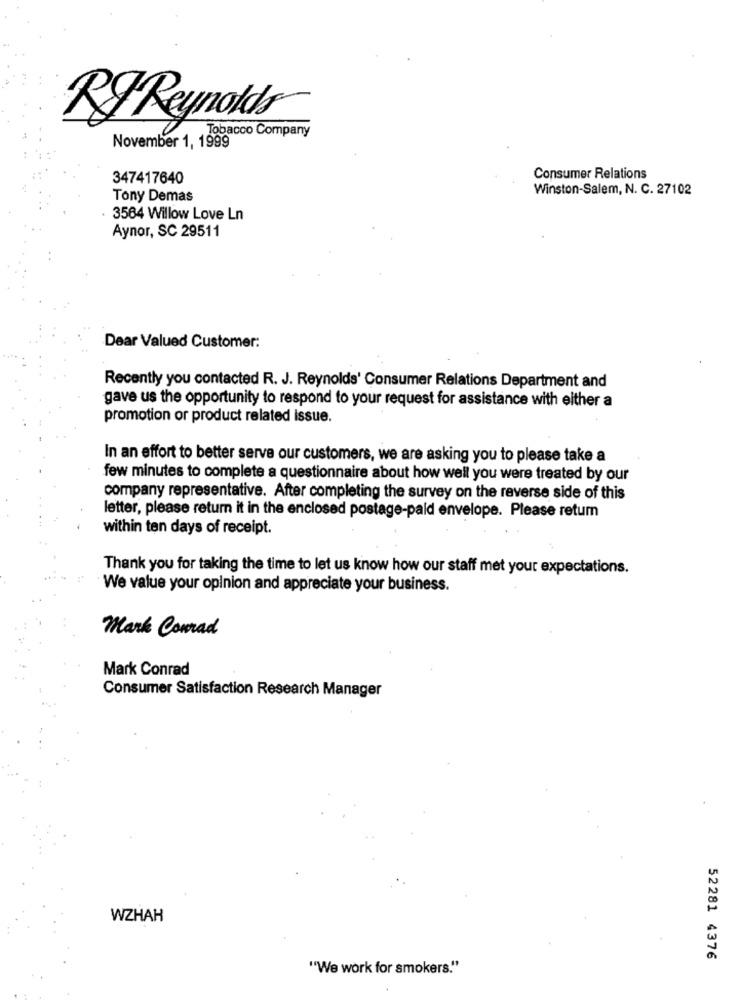
RIReynolds
Tobacco Company
November 1, 1999
347417640
Consumer Relations
Winston-Salem, N. C. 27102
Tony Demas
3564 Willow Love Ln
Aynor, SC 29511
Dear Valued Customer:
Recently you contacted R. J. Reynolds' Consumer Relations Department and
gave us the opportunity to respond to your request for assistance with either a
promotion or product related issue.
In an effort to better serve our customers, we are asking you to please take a
few minutes to complete a questionnaire about how well you were treated by our
company representative. After completing the survey on the reverse side of this
letter, please return it in the enclosed postage-paid envelope. Please retum
within ten days of receipt.
Thank you for taking the time to let us know how our staff met your expectations.
We value your opinion and appreciate your business.
Mark Conrad
Mark Conrad
Consumer Satisfaction Research Manager
WZHAH
52281 4376
"We work for smokers."